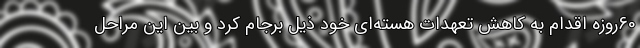
60روزه اقدام به کاهش تعهدات هسته‌ای خود ذیل برجام کرد و بین این مراحل